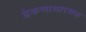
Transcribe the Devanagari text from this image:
ढेकणासारख्या